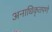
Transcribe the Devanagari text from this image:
अनाधिकृतपणे